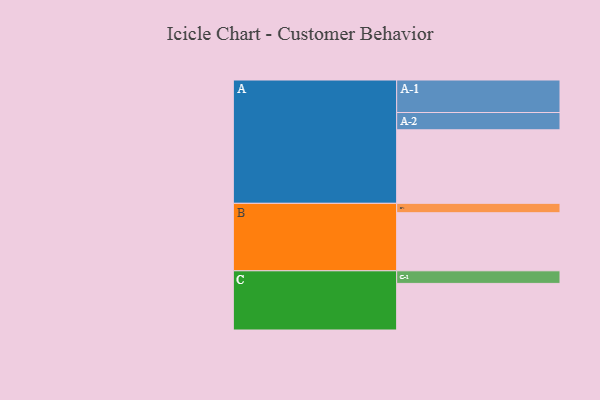
{"axis": {"x": "Segment", "y": "Value"}, "legend": ["", "A", "B", "C"], "data": [{"x": "A", "y": 595, "type": ""}, {"x": "B", "y": 470, "type": ""}, {"x": "C", "y": 377, "type": ""}, {"x": "A-1", "y": 263, "type": "A"}, {"x": "A-2", "y": 140, "type": "A"}, {"x": "B-1", "y": 76, "type": "B"}, {"x": "C-1", "y": 102, "type": "C"}]}